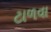
ટાળવા